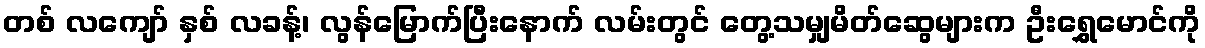
တစ် လကျော် နှစ် လခန့်၊ လွန်မြောက်ပြီးနောက် လမ်းတွင် တွေ့သမျှမိတ်ဆွေများက ဦးရွှေမောင်ကို